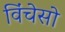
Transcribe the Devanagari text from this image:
विंचेसो